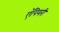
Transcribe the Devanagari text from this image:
ऍपियरी